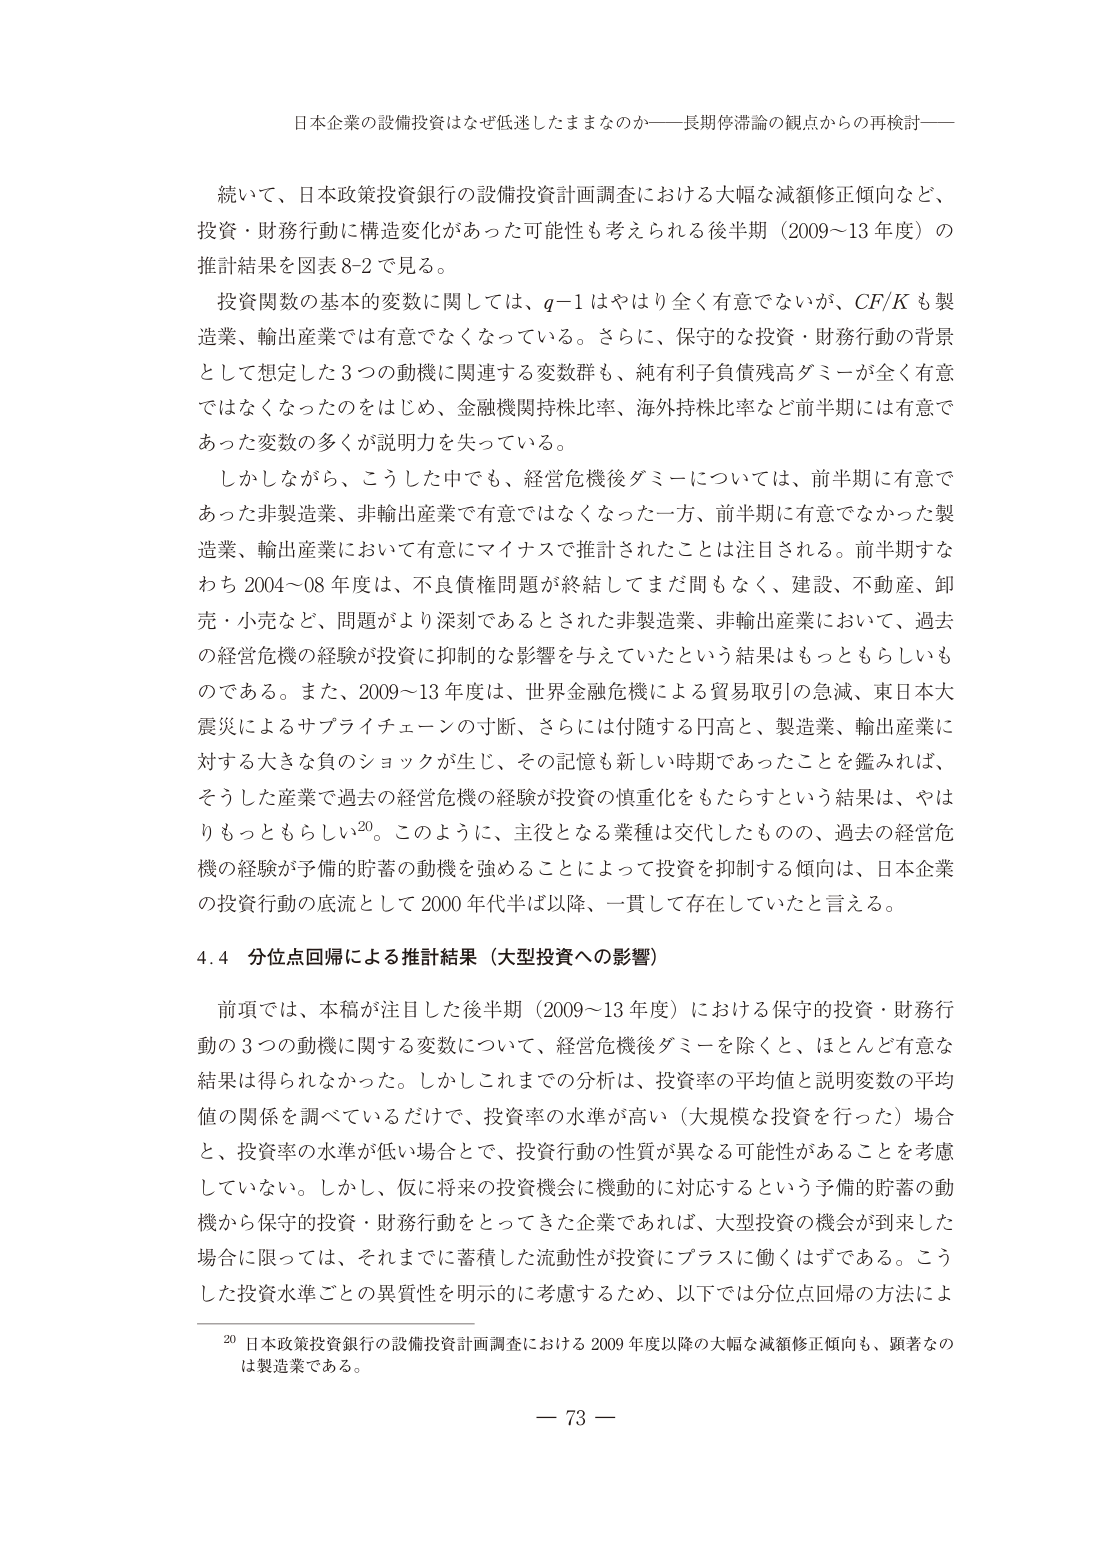
日本企業の設備投資はなぜ低迷したままなのか――長期停滞論の観点からの再検討――

続いて、日本政策投資銀行の設備投資計画調査における大幅な減額修正傾向など、
投資・財務行動に構造変化があった可能性も考えられる後半期（2009～13年度）の
推計結果を図表8-2で見る。

投資関数の基本的変数に関しては、q-1はやはり全く有意でないが、CF/Kも製
造業、輸出産業では有意でなくなっている。さらに、保守的な投資・財務行動の背景
として想定した3つの動機に関連する変数群も、純有利子負債残高ダミーが全く有意
ではなくなったのをはじめ、金融機関持株比率、海外持株比率など前半期には有意で
あった変数の多くが説明力を失っている。

しかしながら、こうした中でも、経営危機後ダミーについては、前半期に有意で
あった非製造業、非輸出産業で有意ではなくなった一方、前半期に有意でなかった製
造業、輸出産業において有意にマイナスで推計されたことは注目される。前半期すな
わち2004～08年度は、不良債権問題が終結してまだ間もなく、建設、不動産、卸
売・小売など、問題がより深刻であるとされた非製造業、非輸出産業において、過去
の経営危機の経験が投資に抑制的な影響を与えていたという結果はもっともらしいも
のである。また、2009～13年度は、世界金融危機による貿易取引の急減、東日本大
震災によるサプライチェーンの寸断、さらには付随する円高と、製造業、輸出産業に
対する大きな負のショックが生じ、その記憶も新しい時期であったことを鑑みれば、
そうした産業で過去の経営危機の経験が投資の慎重化をもたらすという結果は、やは
りもっともらしい20。このように、主役となる業種は交代したものの、過去の経営危
機の経験が予備的貯蓄の動機を強めることによって投資を抑制する傾向は、日本企業
の投資行動の底流として2000年代半ば以降、一貫して存在していたと言える。

4.4 分位点回帰による推計結果（大型投資への影響）

前項では、本稿が注目した後半期（2009～13年度）における保守的投資・財務行
動の3つの動機に関する変数について、経営危機後ダミーを除くと、ほとんど有意な
結果は得られなかった。しかしこれまでの分析は、投資率の平均値と説明変数の平均
値の関係を調べているだけで、投資率の水準が高い（大規模な投資を行った）場合
と、投資率の水準が低い場合とで、投資行動の性質が異なる可能性があることを考慮
していない。しかし、仮に将来の投資機会に機動的に対応するという予備的貯蓄の動
機から保守的投資・財務行動をとってきた企業であれば、大型投資の機会が到来した
場合に限っては、それまでに蓄積した流動性が投資にプラスに働くはずである。こう
した投資水準ごとの異質性を明示的に考慮するため、以下では分位点回帰の方法によ

20 日本政策投資銀行の設備投資計画調査における2009年度以降の大幅な減額修正傾向も、顕著なの
は製造業である。

－ 73 －